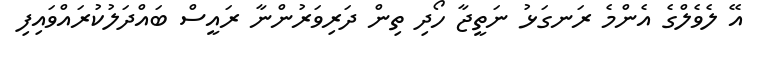
އޭ ލެވެލްގެ އެންމެ ރަނގަޅު ނަތީޖާ ހޯދި ތިން ދަރިވަރުންނާ ރައީސް ބައްދަލުކުރައްވައިފި